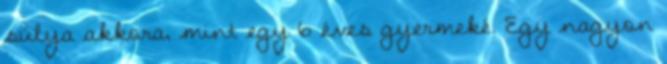
súlya akkora, mint egy 6 éves gyermeké. Egy nagyon